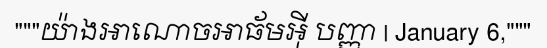
"""យ៉ាងអាណោចអាធ័មអ៊ី បញ្ញា | January 6,"""